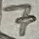
Text: 7